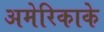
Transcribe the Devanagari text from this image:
अमेरिकाके